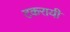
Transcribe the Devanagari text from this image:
टकरायी